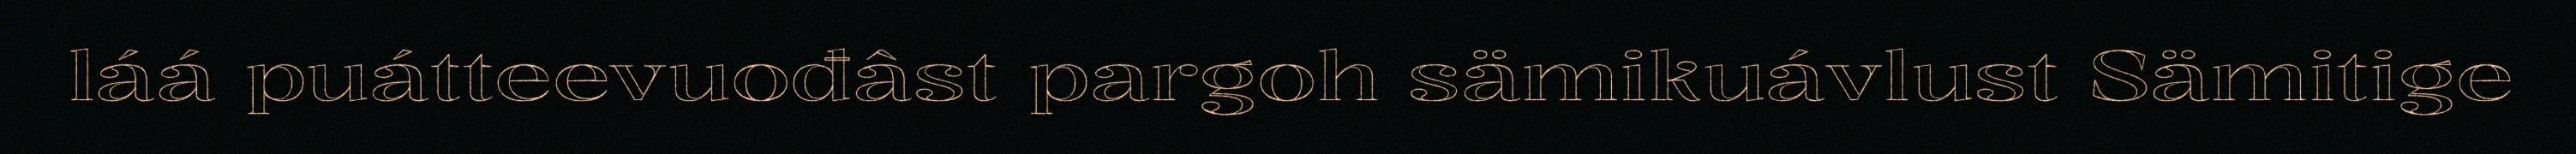
láá puátteevuođâst pargoh sämikuávlust Sämitige